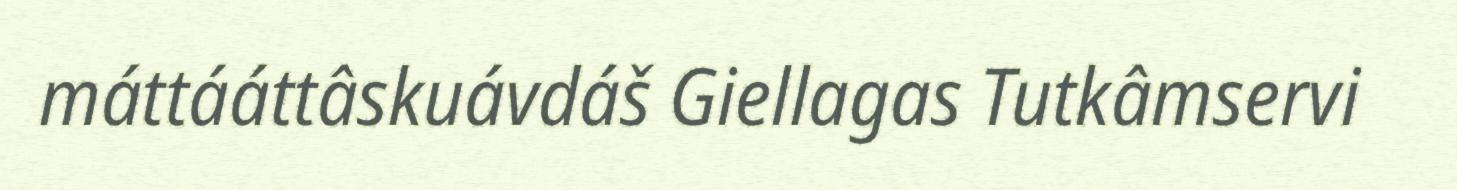
máttááttâskuávdáš Giellagas Tutkâmservi